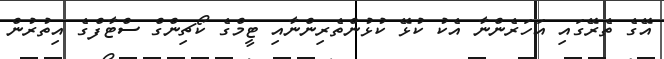
އޭގެ ތެރޭގައި އަހަރެންނާ އެކު ކުޅޭ ކުޅުންތެރިންނާއި ޓީމްގެ ކޯޗިންގް ސްޓާފްގެ އިތުރުން